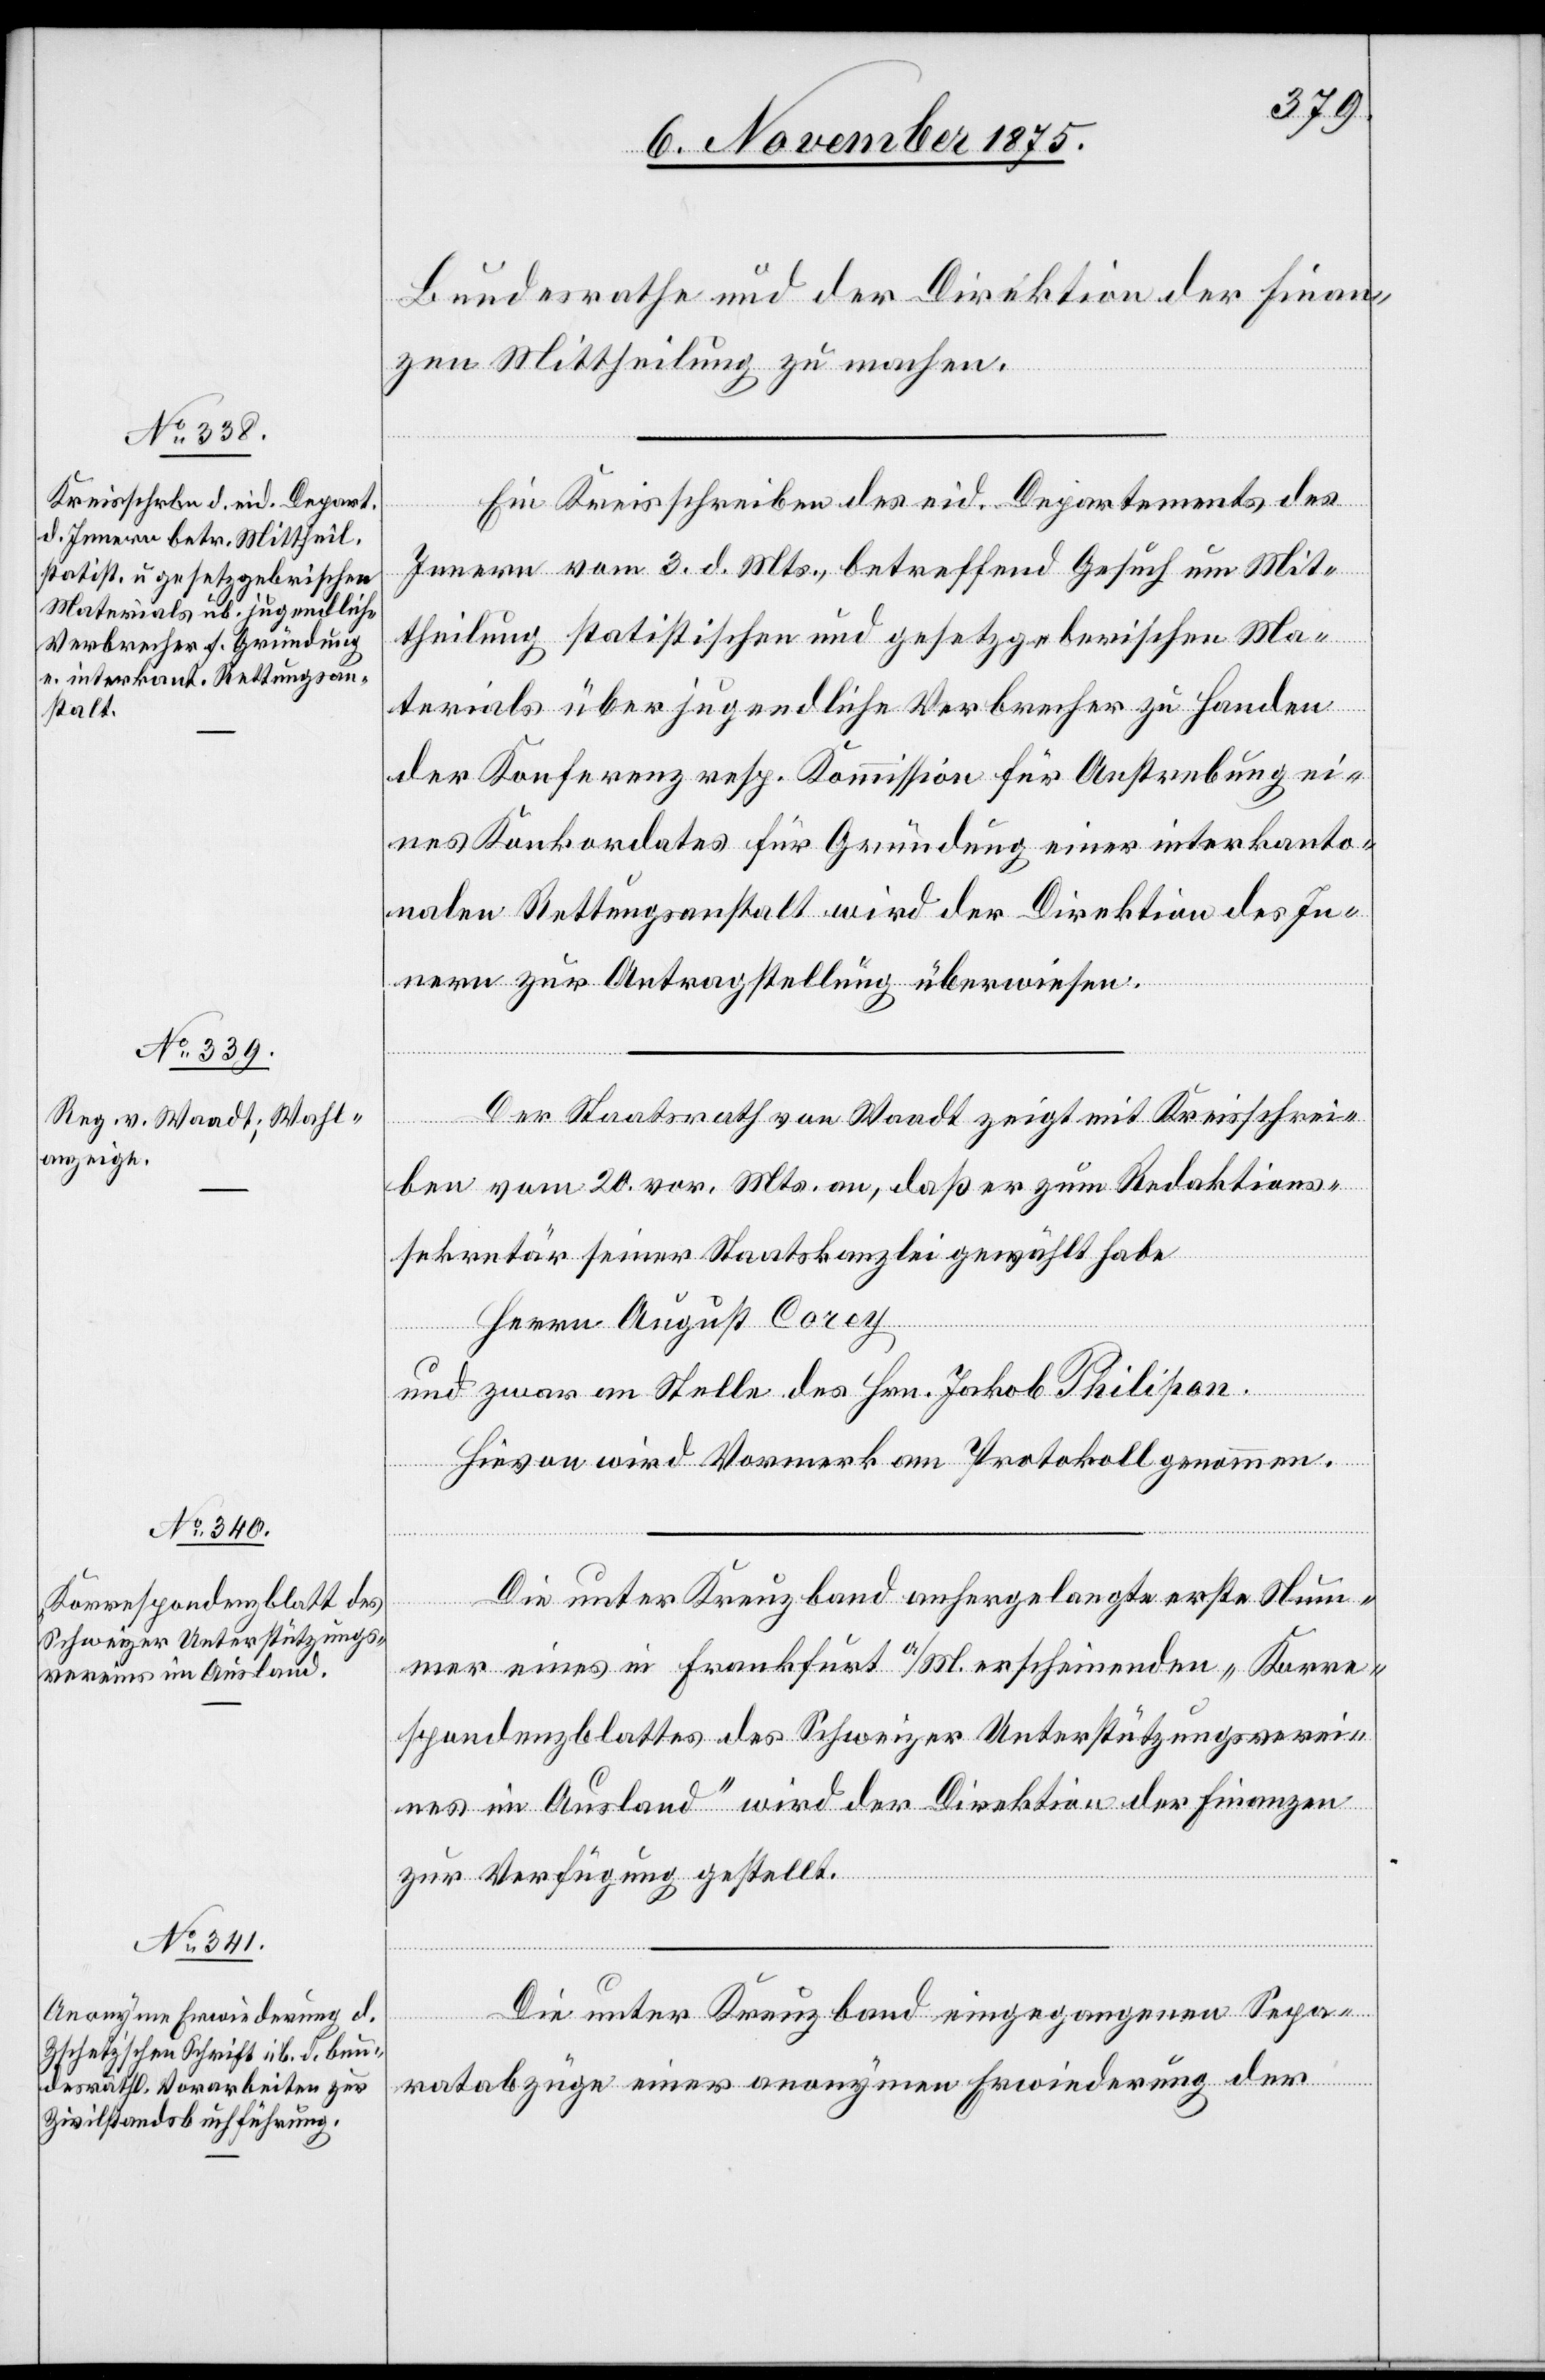
Bundesrathe und der Direktion der Finan¬
zen Mittheilung zu machen.
Ein Kreisschreiben des eid. Departements des
Innern vom 3. d. Mts., betreffend Gesuch um Mit¬
theilung statistischen und gesetzgeberischen Ma¬
terials über jugendliche Verbrecher zu Handen
der Konferenz resp. Kommission für Anstrebung ei¬
nes Konkordates für Gründung einer interkanto¬
nalen Rettungsanstalt wird der Direktion des In¬
nern zur Antragstellung überwiesen.
Der Staatsrath von Waadt zeigt mit Kreisschrei¬
ben vom 20. vor. Mts. an, daß er zum Redaktions¬
sekretär seiner Staatskanzlei gewählt habe
Herrn August Corey
und zwar an Stelle des Hrn. Jakob Philipon.
Hievon wird Vormerk am Protokoll genommen.
Die unter Kreuzband anhergelangte erste Num¬
mer eines in Frankfurt a/M. erscheinenden „Korre¬
spondenzblattes des Schweizer Unterstützungsverei¬
nes im Ausland“ wird der Direktion der Finanzen
zur Verfügung gestellt.
Die unter Kreuzband eingegangenen Sepa¬
ratabzüge einer anonymen Erwiederung der